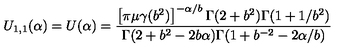
U _ { 1 , 1 } ( \alpha ) = U ( \alpha ) = \frac { \left[ \pi \mu \gamma ( b ^ { 2 } ) \right] ^ { - \alpha / b } \Gamma ( 2 + b ^ { 2 } ) \Gamma ( 1 + 1 / b ^ { 2 } ) } { \Gamma ( 2 + b ^ { 2 } - 2 b \alpha ) \Gamma ( 1 + b ^ { - 2 } - 2 \alpha / b ) }